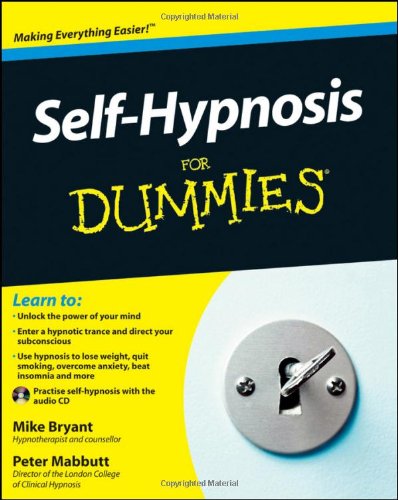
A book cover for Self-Hypnosis For Dummies; Mike Bryant; Self-Help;